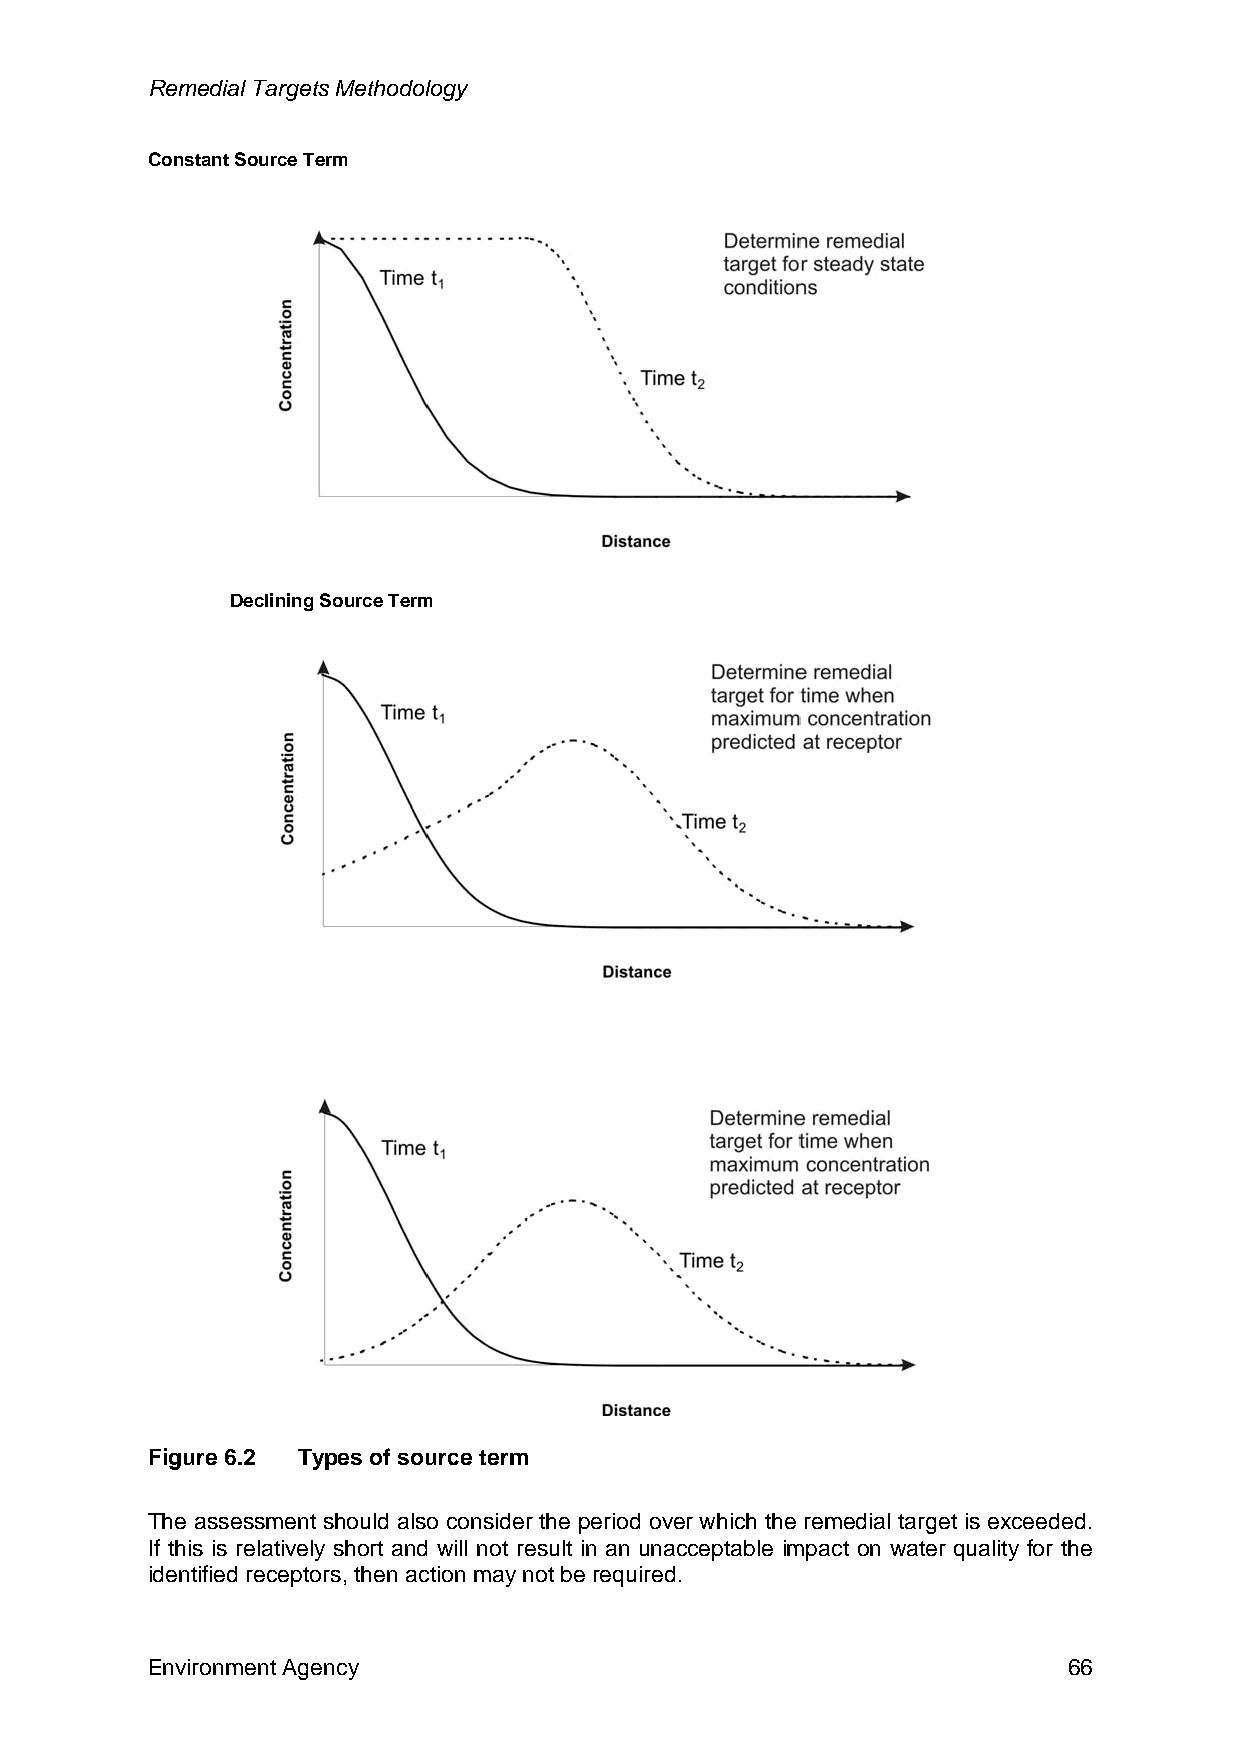
Remedial Targets Methodology
 Constant Source Term
 Declining Source Term
 Figure 6.2 Types of source term
 The assessment should also consider the period over which the remedial target is exceeded.
 If this is relatively short and will not result in an unacceptable impact on water quality for the
 identified receptors, then action may not be required.
 Environment Agency                                           66